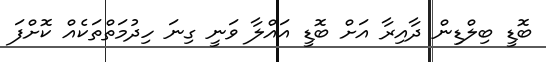
ބޮޑީ ބިލްޑިން ދާއިރާ އަށް ބޮޑީ އައްލާ ވަނީ ގިނަ ހިދުމަތްތަކެއް ކޮށްފަ